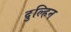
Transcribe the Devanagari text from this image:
दुल्हिन